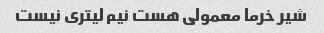
شیر خرما معمولى هست نیم لیترى نیست